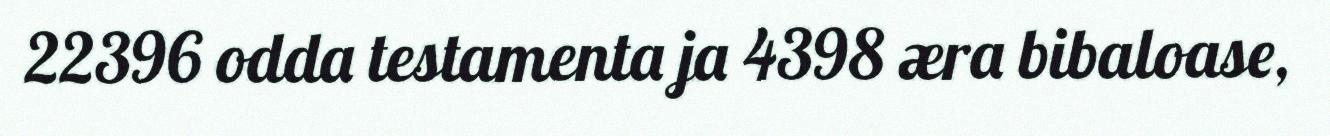
22396 odda testamenta ja 4398 æra bibaloase,